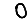
Digit: 0